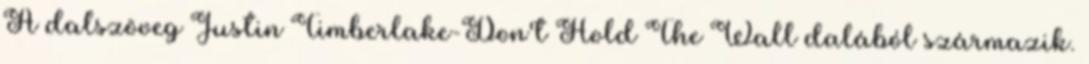
A dalszöveg Justin Timberlake-Don't Hold The Wall dalából származik.